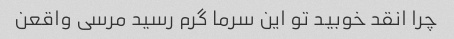
چرا انقد خوبید تو این سرما گرم رسید مرسی واقعن